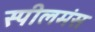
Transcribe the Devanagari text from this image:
स्पीलमंस